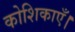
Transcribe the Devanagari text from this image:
कोशिकाएँ।